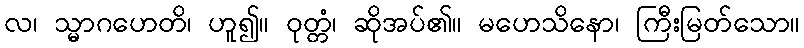
လ၊ သ္မာဂဟေတိ၊ ဟူ၍။ ဝုတ္တံ၊ ဆိုအပ်၏။ မဟေသိနော၊ ကြီးမြတ်သော။